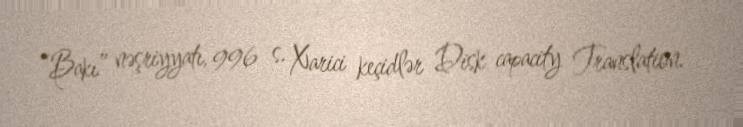
“Bakı” nəşriyyatı, 996 s. Xarici keçidlər Disk capacity Translation.